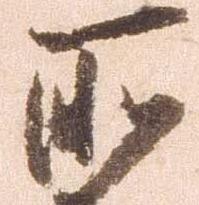
所